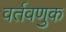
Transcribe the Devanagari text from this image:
वर्तवणुक